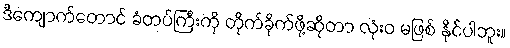
ဒီကျောက်တောင် ခံတပ်ကြီးကို တိုက်ခိုက်ဖို့ဆိုတာ လုံးဝ မဖြစ် နိုင်ပါဘူး။